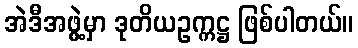
အဲဒီအဖွဲ့မှာ ဒုတိယဥက္ကဋ္ဌ ဖြစ်ပါတယ်။